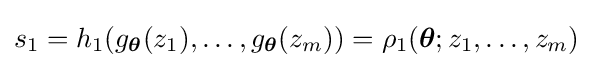
s_{1}=h_{1}(g_{\boldsymbol {\theta }}(z_{1}),\ldots ,g_{\boldsymbol {\theta }}(z_{m}))=\rho _{1}({\boldsymbol {\theta }};z_{1},\ldots ,z_{m})